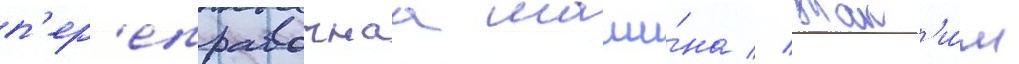
п'ер'еправочнаа маши́на // Так'и́м